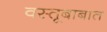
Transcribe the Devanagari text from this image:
वस्तूबाबात